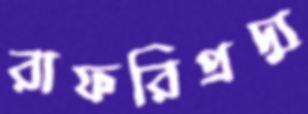
রাফরিপ্রদ্যু